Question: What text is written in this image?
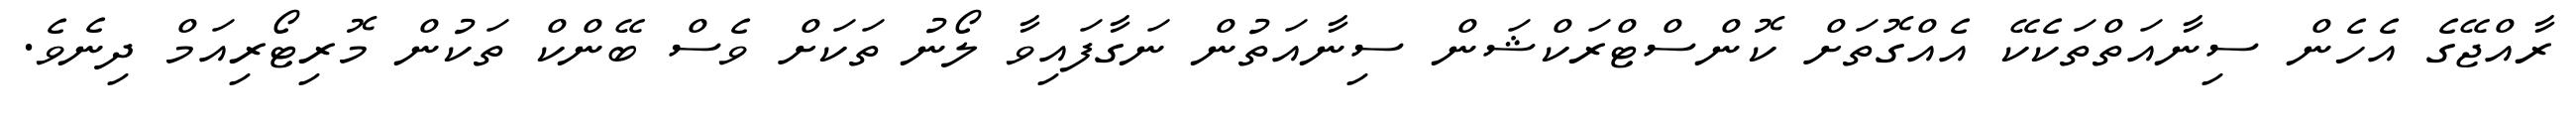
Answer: ރާއްޖޭގެ އެހެން ސިނާއަތްތަކެކޭ އެއްގޮތަށް ކޮންސްޓްރަކްޝަން ސިނާއަތުން ނަގާފައިވާ ލޯނު ތަކަށް ވެސް ބޭންކް ތަކުން މޮރިޓޯރިއަމް ދިނެވެ.